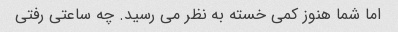
اما شما هنوز کمی خسته به نظر می رسید. چه ساعتی رفتی